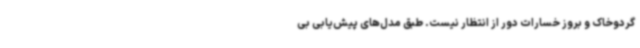
گردوخاک و بروز خسارات دور از انتظار نیست. طبق مدل‌های پیش‌یابی بی